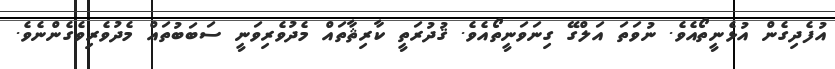
އުފެދިގެން އުޅެނީތޯއެވެ. ނުވަތަ އަލްގޭ ގިނަވަނީތޯއެވެ. ޤުދުރަތީ ކާރިޘާތައް މެދުވެރިވަނީ ސަބަބުތައް މެދުވެރިވެގެންނެވެ.